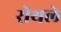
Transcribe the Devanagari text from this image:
रोथले